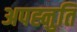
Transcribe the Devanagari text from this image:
अपह्नुति